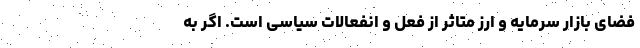
فضای بازار سرمایه و ارز متاثر از فعل و انفعالات سیاسی است. اگر به